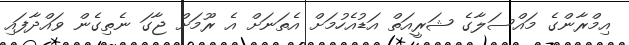
އިމްރާންގެ މައްސަލާގެ ޝަރީއަތް އަޑުއެހުމަށް އެތަނަށް އެ ރޫމަށް ޖާގަ ނެތިގެން ވައްދާފައި